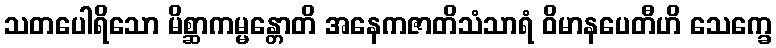
သတပေါရိသော မိစ္ဆာကမ္မန္တောတိ အနေကဇာတိသံသာရံ ဝိမာနပေတီဟိ သေက္ခေ